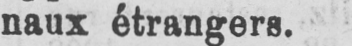
naux étrangers.